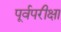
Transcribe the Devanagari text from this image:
पूर्वपरीक्षा